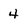
Character: 4